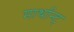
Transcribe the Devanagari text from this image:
मार्थान्ट्